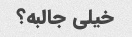
خیلی جالبه؟